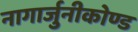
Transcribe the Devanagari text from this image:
नागार्जुनीकोण्ड